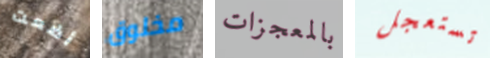
أضعت مخلوق بالمعجزات تستعجل